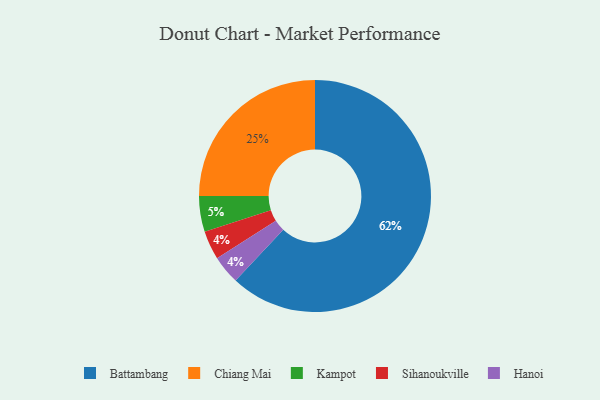
{"axis": {"x": "Category", "y": "Percentage"}, "legend": ["Battambang", "Chiang Mai", "Hanoi", "Kampot", "Sihanoukville"], "data": [{"x": "Battambang", "y": 62, "type": "Battambang"}, {"x": "Sihanoukville", "y": 4, "type": "Sihanoukville"}, {"x": "Chiang Mai", "y": 25, "type": "Chiang Mai"}, {"x": "Hanoi", "y": 4, "type": "Hanoi"}, {"x": "Kampot", "y": 5, "type": "Kampot"}]}